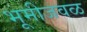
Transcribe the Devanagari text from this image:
भूमीजवळ